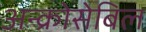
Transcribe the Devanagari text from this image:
अन्क्रोसेबिल